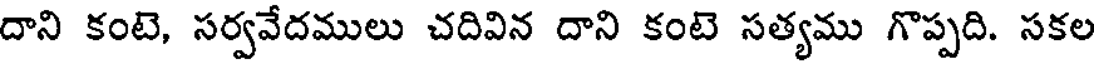
దాని కంటె, సర్వవేదములు చదివిన దాని కంటె సత్యము గొప్పది. సకల